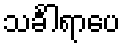
သင်္ခါရာပေ